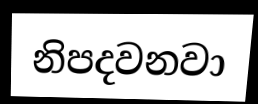
නිපදවනවා